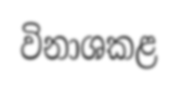
විනාශකළ